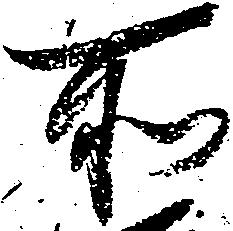
所